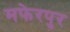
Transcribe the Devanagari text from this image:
मफेरपुर